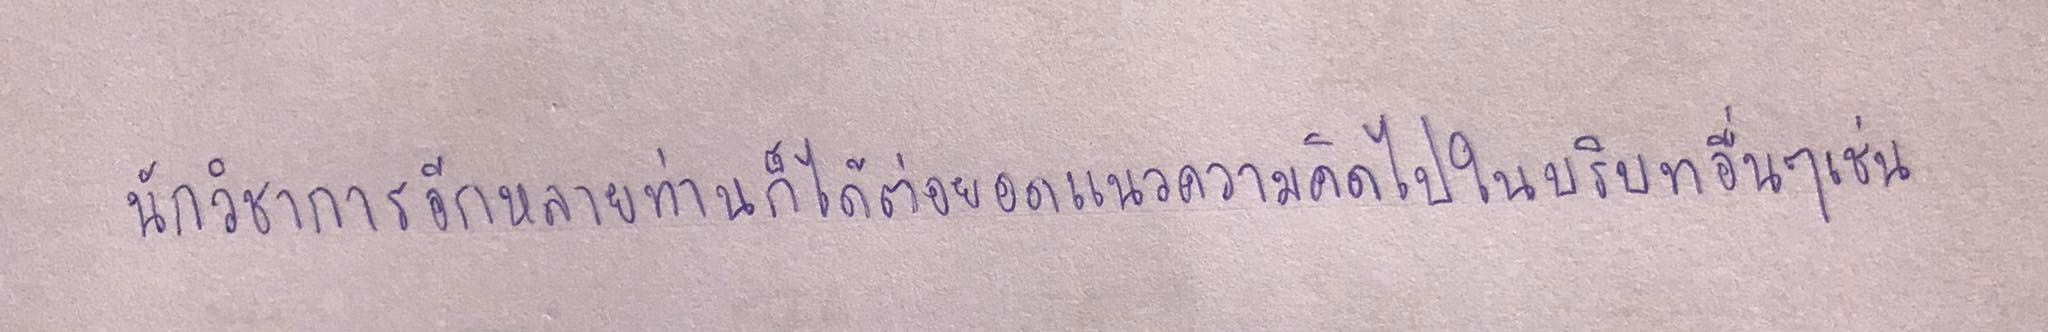
นักวิชาการอีกหลายท่านก็ได้ต่อยอดแนวความคิดไปในบริบทอื่นๆเช่น